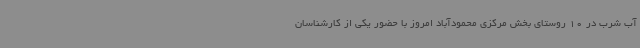
آب شرب در 10 روستای بخش مرکزی محمودآباد امروز با حضور یکی از کارشناسان